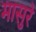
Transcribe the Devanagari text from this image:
मासुरे